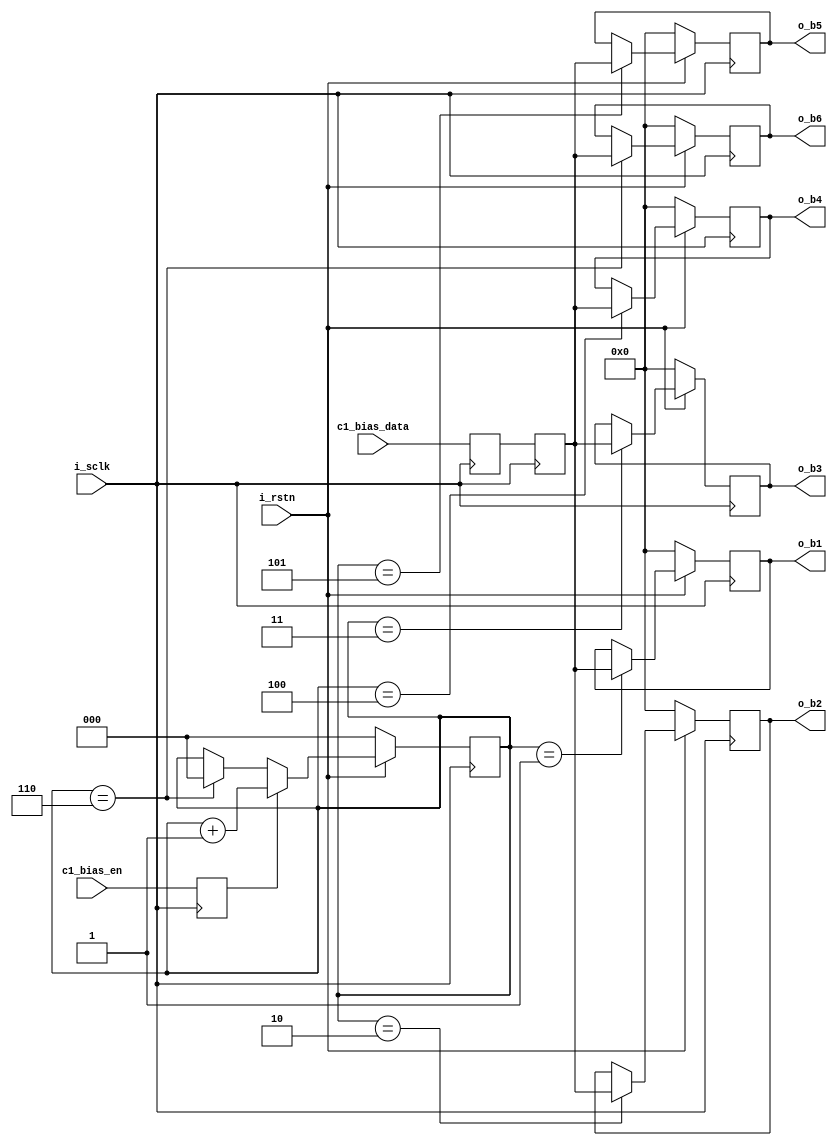
`timescale 1ns / 1ps
//////////////////////////////////////////////////////////////////////////////////
// Company: 
// Engineer: 
// 
// Design Name: 
// Module Name: buffer_c1_bias
// Project Name: 
// Target Devices: 
// Tool Versions: 
// Description: 
// 
// Dependencies: 
// 
// Revision:
// Revision 0.01 - File Created
// Additional Comments:
// 
//////////////////////////////////////////////////////////////////////////////////


module buffer_c1_bias#(
	parameter				WD = 8,
	parameter				NW = 6
)(
	input	wire			i_sclk,
	input	wire			i_rstn,
	
	input   wire[WD-1:0]    c1_bias_data,
        input   wire            c1_bias_en,            
	
	output	reg [WD-1:0]	o_b1,
	output	reg [WD-1:0]	o_b2,
	output	reg [WD-1:0]	o_b3,
	output	reg [WD-1:0]	o_b4,
	output	reg [WD-1:0]	o_b5,
	output	reg [WD-1:0]	o_b6
);

//------------------------------------------//
//					SIGNAL					//
//------------------------------------------//
reg [2:0]		rd_cnt;

reg             c1_bias_en_a;
reg             c1_bias_en_b;
reg[WD-1:0]     c1_bias_data_a;
reg[WD-1:0]     c1_bias_data_b;



//------------------------------------------//
//					CODE					//
//------------------------------------------//

always@(posedge i_sclk)
begin
c1_bias_en_a <= c1_bias_en;
c1_bias_en_b <= c1_bias_en_a;
c1_bias_data_a <= c1_bias_data;
c1_bias_data_b <= c1_bias_data_a;
end

always @(posedge i_sclk)
  if(!i_rstn)
    rd_cnt <= 'd0;
  else
    begin
	  if(c1_bias_en_a)	
	    rd_cnt <= rd_cnt + 'd1;
	  else	
	    begin
          if(rd_cnt==6)	  
	        rd_cnt <= 'd0;
		  else
		    rd_cnt <= rd_cnt;
		end
	end

always @(posedge i_sclk)
	if(!i_rstn)
	begin
		o_b1 <= 'd0;
		o_b2 <= 'd0;
		o_b3 <= 'd0;
		o_b4 <= 'd0;
		o_b5 <= 'd0;
		o_b6 <= 'd0;
	end
	else
	begin
		case (rd_cnt)
		1 :		o_b1 <= c1_bias_data_b;
		2 :     o_b2 <= c1_bias_data_b;
		3 :     o_b3 <= c1_bias_data_b;
		4 :     o_b4 <= c1_bias_data_b;
		5 :     o_b5 <= c1_bias_data_b;
		6 :     o_b6 <= c1_bias_data_b;
		endcase
	end

endmodule